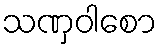
သဏှဝါစော